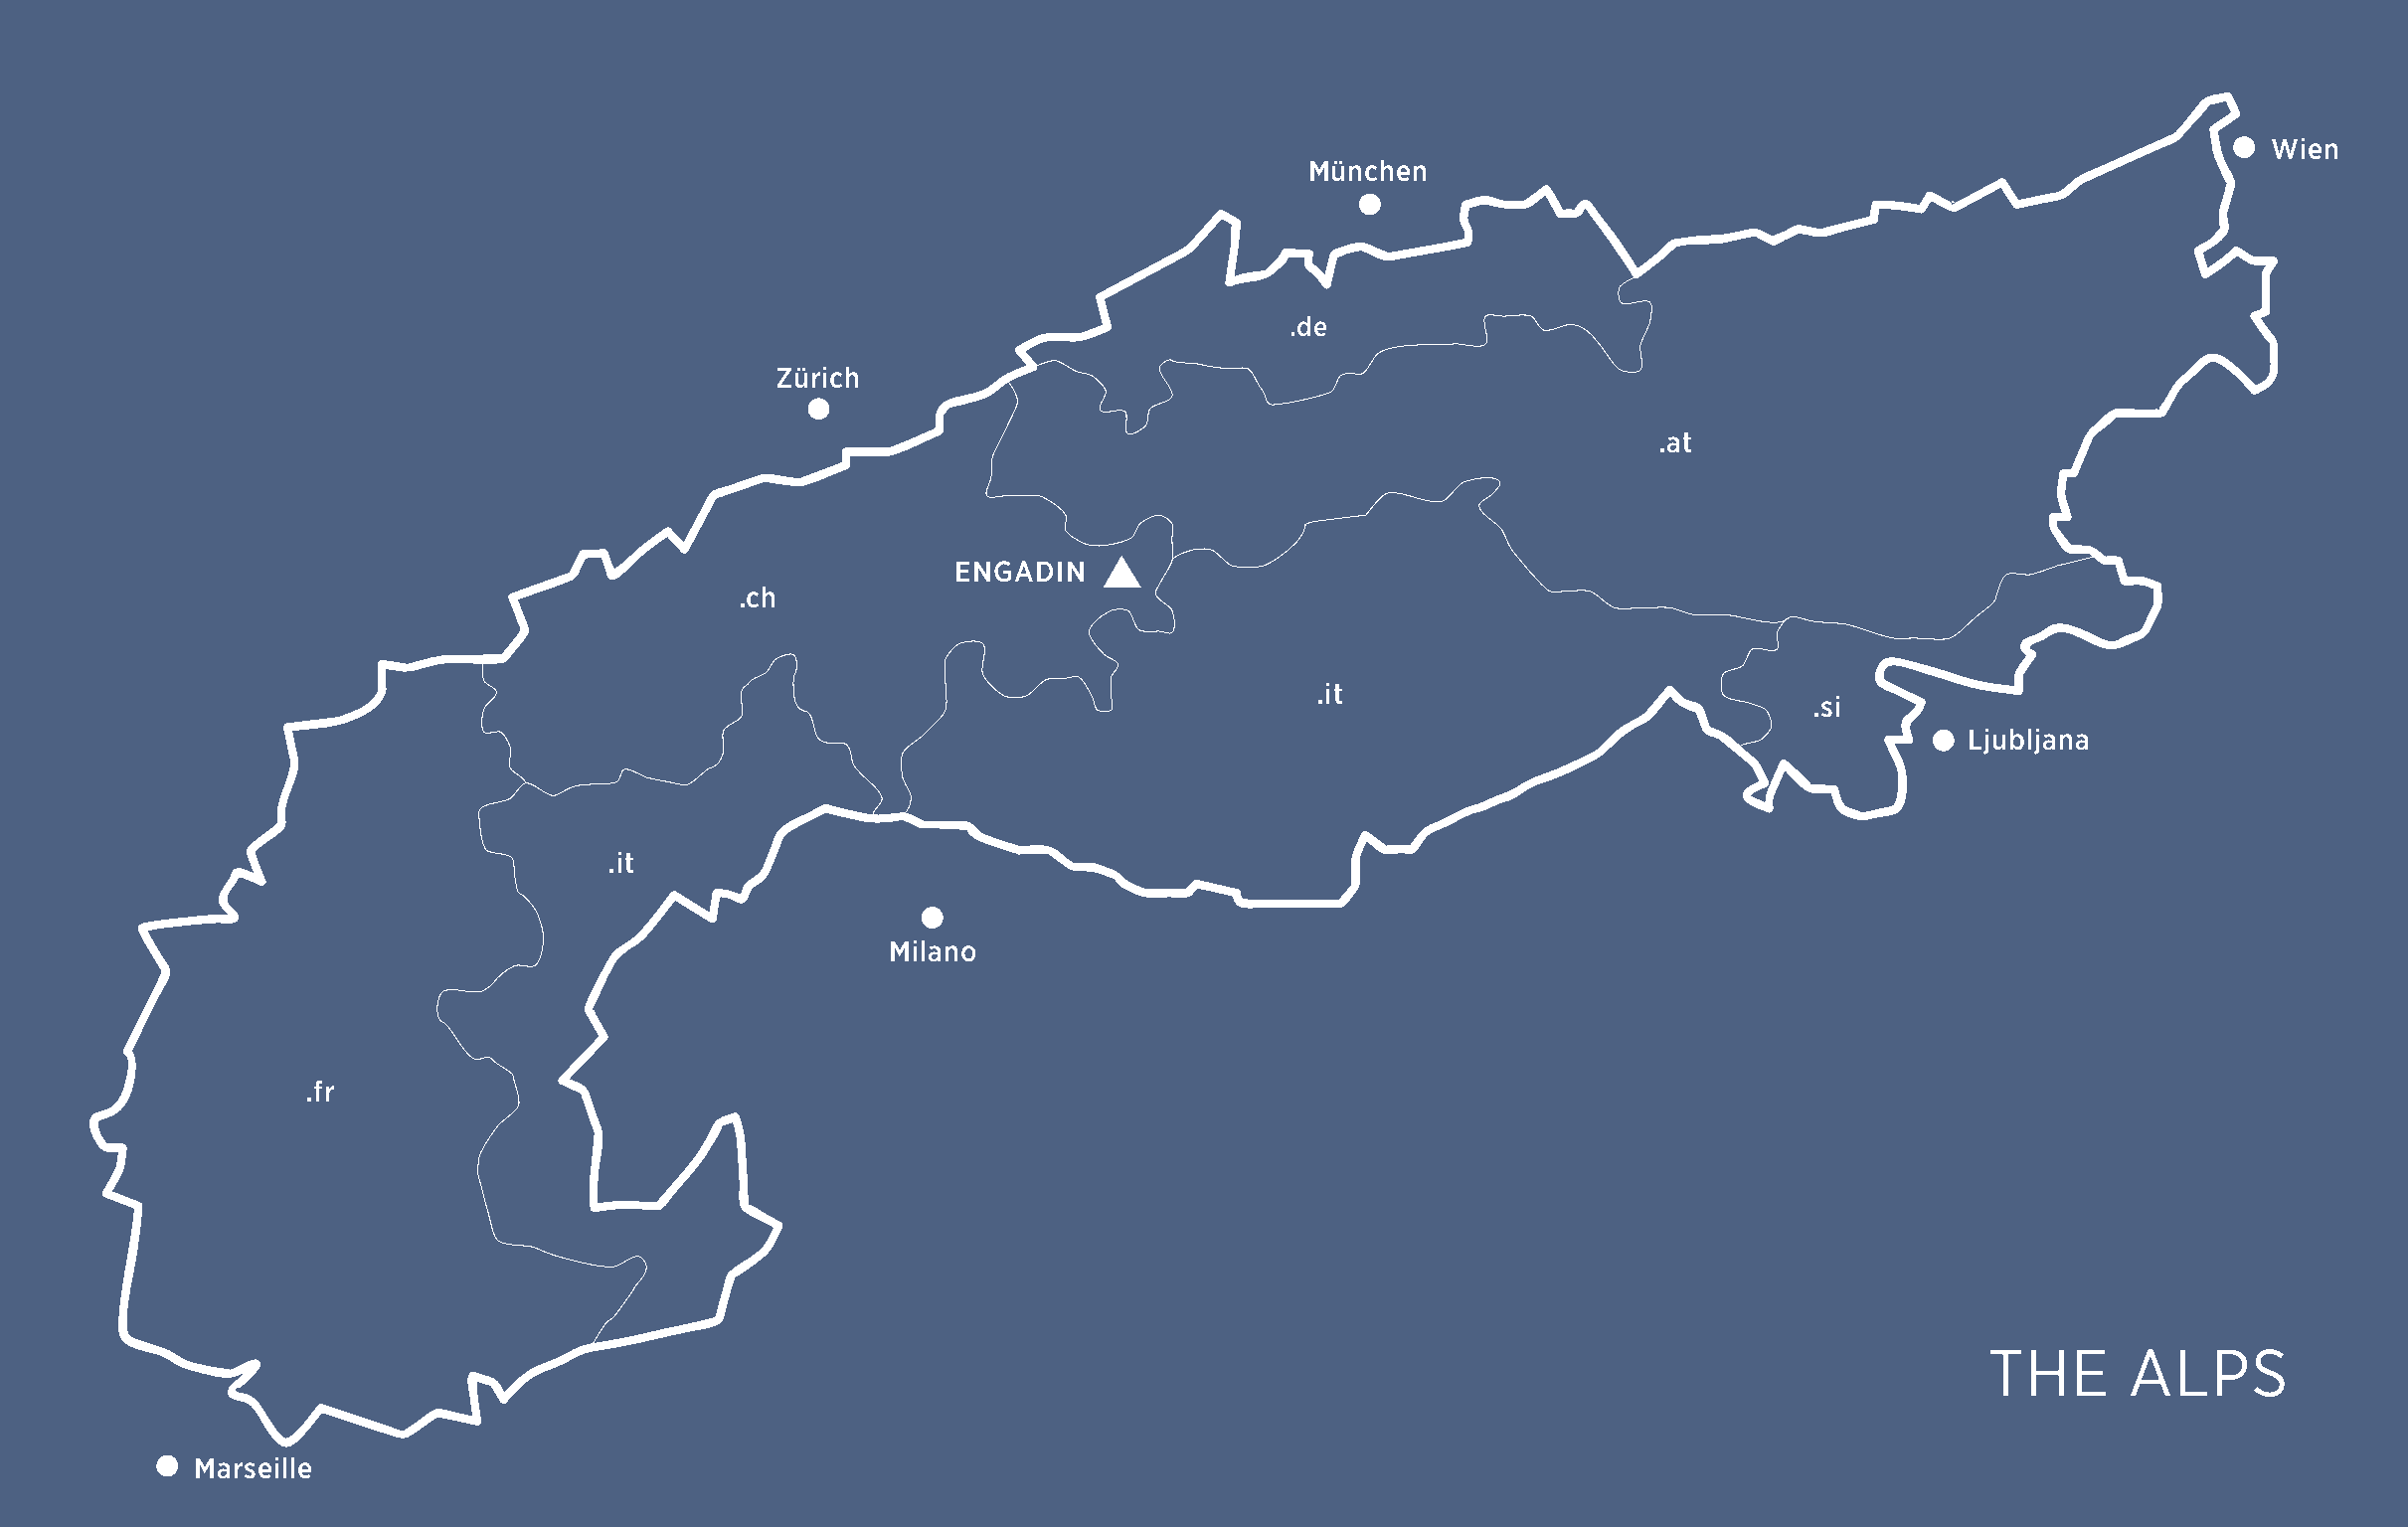

 MMüünncchheenn                                                      WWWieiieennn
 München
 
 ..ddee
 .de
 ZZüürriicchh
 Zürich
 
 ..aatt
 .at
 EENNGGEAANDDGAIINNDIN
 .ch
 ..cchh
 ..iitt                              ..ssii
 .it
 .si
 
 Ljubljana
 LLjjuubblljjaannaa
 .it
 
 Milano
 MMiillaannoo
 ..ffrr
 .fr
 TThhee       AAllppss
 THE       ALPS
  MMMaraaserrisslleeeiillllee
 VVoorrssaattzz..iinndddd 11                                                                                                                              2222..0066..2211 1177::0066